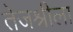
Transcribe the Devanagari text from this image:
तेजश्रीला